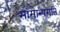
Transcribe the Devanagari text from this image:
सामान्यगति